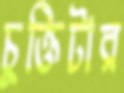
চুক্তিটার